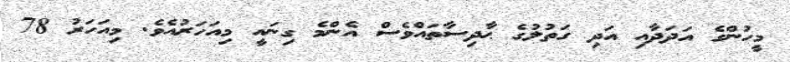
މީހުންގެ އަދަދާއި އަދި ގަތުލުގެ ޙާދިސާތައްވެސް އެންމެ ގިނައީ މިއަހަރުއެވެ. މިއަހަރު 78